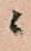
ニ